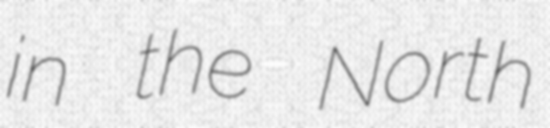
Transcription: in the North